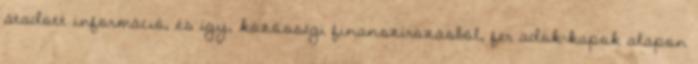
átadott információ, és így, közösségi finanszírozásból, fer adok-kapok alapon